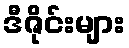
ဒီဇိုင်းများ